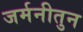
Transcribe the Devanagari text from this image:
जर्मनीतुन